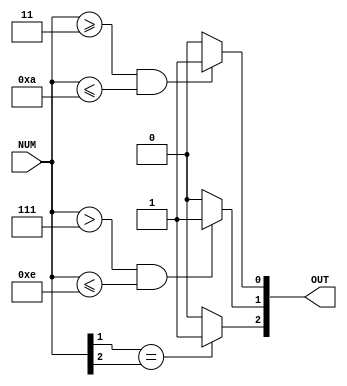
module Inequality(NUM,OUT);
    //Port Declaration
    input [3:0] NUM;
    output [2:0] OUT;

    //Logic

    assign OUT[0] = (NUM >= 3) && (NUM <= 10) ? 1'b1 : 1'b0;
    assign OUT[1] = (NUM > 7) && (NUM <= 14) ? 1'b1 : 1'b0;
    assign OUT[2] = (NUM[1] == NUM[2]) ? 1'b1 : 1'b0;

endmodule